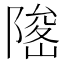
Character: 𨻅